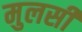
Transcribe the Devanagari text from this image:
मुलसी